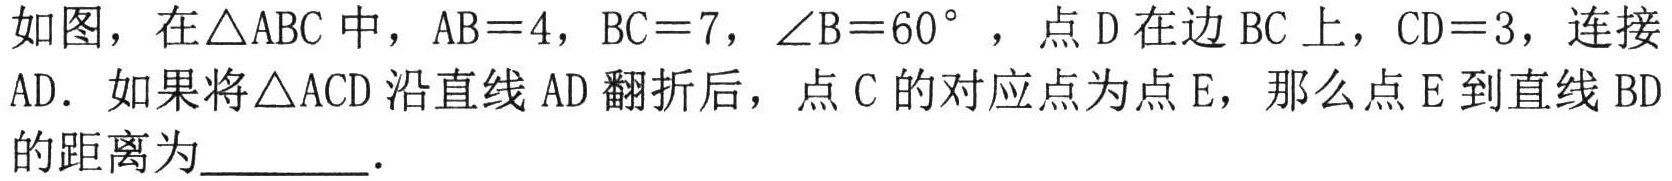
如图，在\(\triangle ABC\)中，\(AB = 4\)，\(BC = 7\)，\(\angle B = 60^{\circ}\)，点\(D\)在边\(BC\)上，\(CD = 3\)，连接\(AD\). 如果将\(\triangle ACD\)沿直线\(AD\)翻折后，点\(C\)的对应点为点\(E\)，那么点\(E\)到直线\(BD\)的距离为  ．